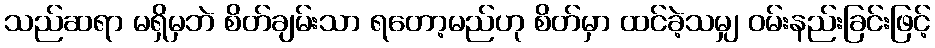
သည်ဆရာ မရှိမှဘဲ စိတ်ချမ်းသာ ရတော့မည်ဟု စိတ်မှာ ထင်ခဲ့သမျှ ဝမ်းနည်းခြင်းဖြင့်